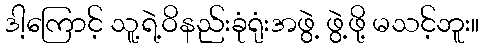
ဒါ့ကြောင့် သူ့ရဲ့ဝိနည်းခုံရုံးအဖွဲ့ ဖွဲ့ဖို့ မသင့်ဘူး။